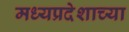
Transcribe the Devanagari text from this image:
मध्यप्रदेशाच्या